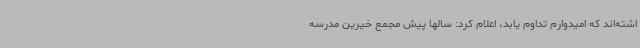
اشته‌اند که امیدوارم تداوم یابد، اعلام کرد: سالها پیش مجمع خیرین مدرسه